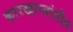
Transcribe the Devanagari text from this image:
कारखान्यांतील